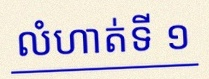
លំហាត់ទី ១